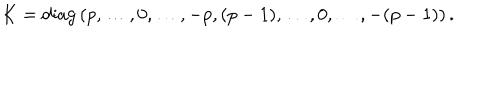
K = \mathrm { d i a g } \left( p , \ldots , 0 , \ldots , - p , ( p - 1 ) , \ldots , 0 , \ldots , - ( p - 1 ) \right) .